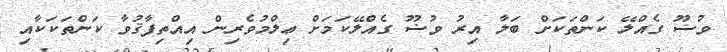
ވުޟޫ ގެއްލޭ ކަންތަކަށް ބަލާ އިރު ވުޟޫ ގެއްލޭކަމަށް ޢިލްމުވެރިން އިއްތިފާޤުވާ ކަންތަކަކާއި